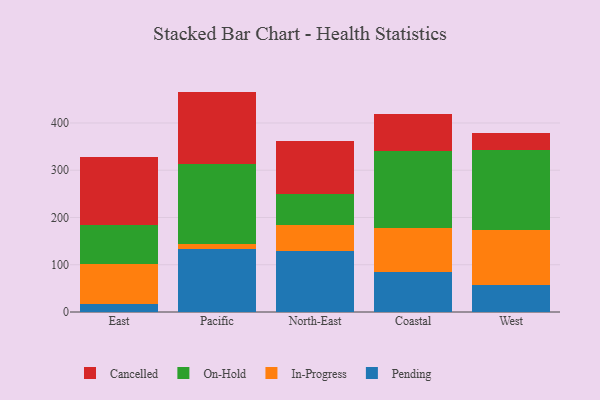
{"axis": {"x": "Region", "y": "Market Share (%)"}, "legend": ["Cancelled", "In-Progress", "On-Hold", "Pending"], "data": [{"x": "East", "y": 16.9, "type": "Pending"}, {"x": "East", "y": 83.8, "type": "In-Progress"}, {"x": "East", "y": 83.3, "type": "On-Hold"}, {"x": "East", "y": 143.5, "type": "Cancelled"}, {"x": "Pacific", "y": 133.3, "type": "Pending"}, {"x": "Pacific", "y": 11.5, "type": "In-Progress"}, {"x": "Pacific", "y": 168.0, "type": "On-Hold"}, {"x": "Pacific", "y": 153.6, "type": "Cancelled"}, {"x": "North-East", "y": 129.8, "type": "Pending"}, {"x": "North-East", "y": 54.6, "type": "In-Progress"}, {"x": "North-East", "y": 64.7, "type": "On-Hold"}, {"x": "North-East", "y": 113.1, "type": "Cancelled"}, {"x": "Coastal", "y": 85.1, "type": "Pending"}, {"x": "Coastal", "y": 92.0, "type": "In-Progress"}, {"x": "Coastal", "y": 162.7, "type": "On-Hold"}, {"x": "Coastal", "y": 79.3, "type": "Cancelled"}, {"x": "West", "y": 57.4, "type": "Pending"}, {"x": "West", "y": 116.9, "type": "In-Progress"}, {"x": "West", "y": 168.7, "type": "On-Hold"}, {"x": "West", "y": 35.5, "type": "Cancelled"}]}